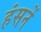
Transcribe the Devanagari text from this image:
हंसनें